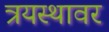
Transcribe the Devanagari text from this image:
त्रयस्थावर